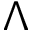
\Lambda